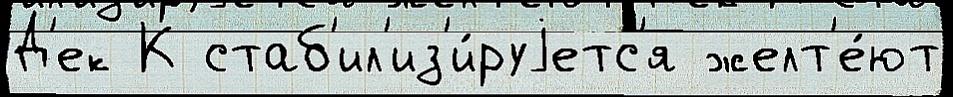
Д'ек К стаб'ил'из'и́руjетс'я желт'е́ют